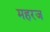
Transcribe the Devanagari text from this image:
महरज